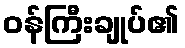
ဝန်ကြီးချုပ်၏